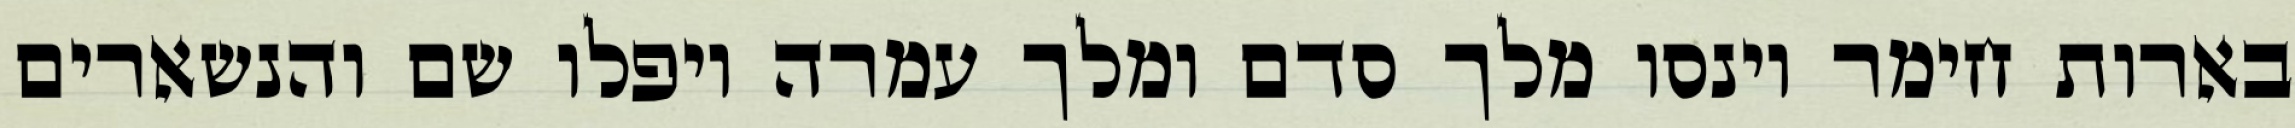
בארות חימר וינסו מלך סדם ומלך עמרה ויפלו שם והנשארים